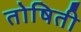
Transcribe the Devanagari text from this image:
तोषिती